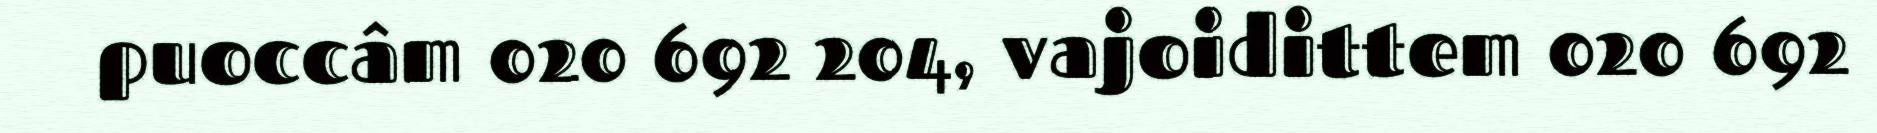
puoccâm 020 692 204, vajoidittem 020 692